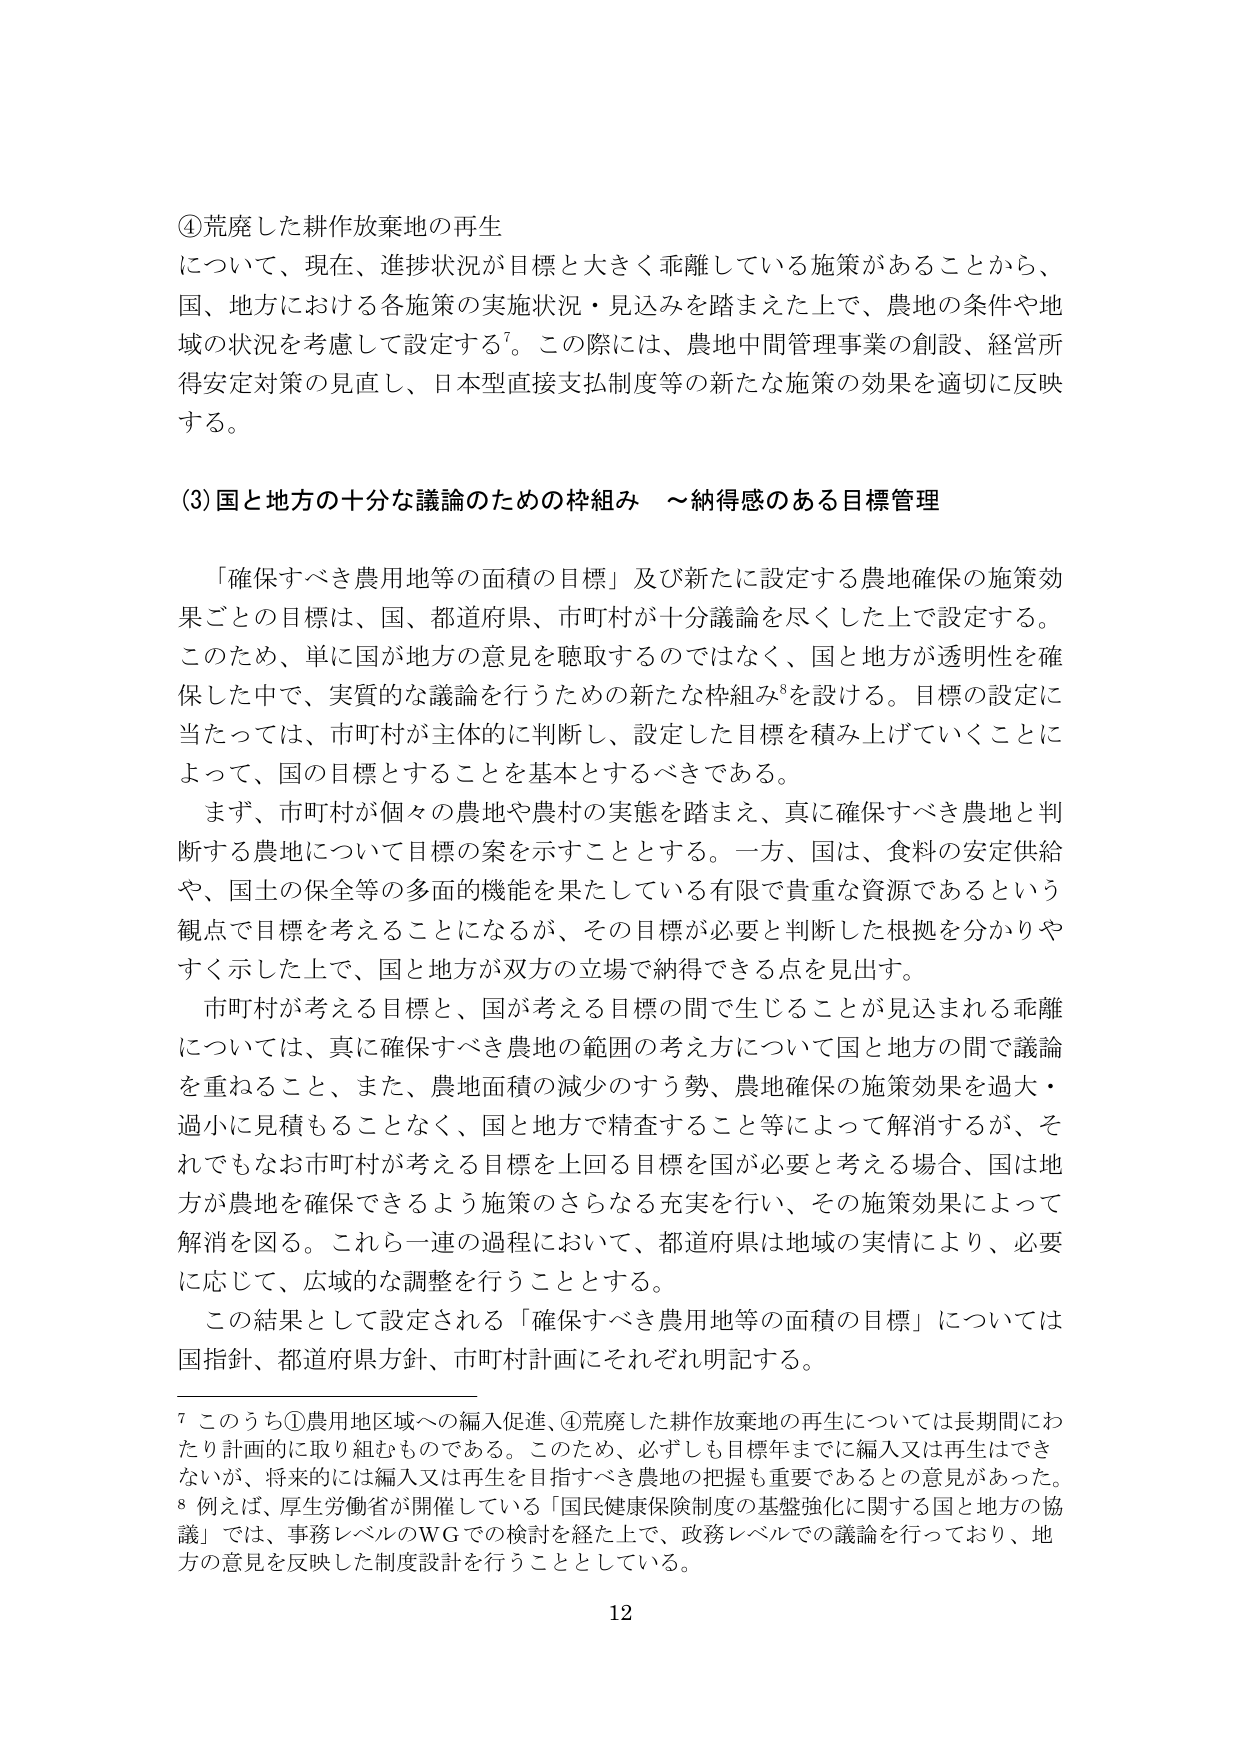
④荒廃した耕作放棄地の再生
について、現在、進捗状況が目標と大きく乖離している施策があることから、
国、地方における各施策の実施状況・見込みを踏まえた上で、農地の条件や地
域の状況を考慮して設定する⁷。この際には、農地中間管理事業の創設、経営所
得安定対策の見直し、日本型直接支払制度等の新たな施策の効果を適切に反映
する。

(3)国と地方の十分な議論のための枠組み　～納得感のある目標管理

「確保すべき農用地等の面積の目標」及び新たに設定する農地確保の施策効
果ごとの目標は、国、都道府県、市町村が十分議論を尽くした上で設定する。
このため、単に国が地方の意見を聴取するのではなく、国と地方が透明性を確
保した中で、実質的な議論を行うための新たな枠組み⁸を設ける。目標の設定に
当たっては、市町村が主体的に判断し、設定した目標を積み上げていくことに
よって、国の目標とすることを基本とするべきである。
まず、市町村が個々の農地や農村の実態を踏まえ、真に確保すべき農地と判
断する農地について目標の案を示すこととする。一方、国は、食料の安定供給
や、国土の保全等の多面的機能を果たしている有限で貴重な資源であるという
観点で目標を考えることになるが、その目標が必要と判断した根拠を分かりや
すく示した上で、国と地方が双方の立場で納得できる点を見出す。
市町村が考える目標と、国が考える目標の間で生じることが見込まれる乖離
については、真に確保すべき農地の範囲の考え方について国と地方の間で議論
を重ねること、また、農地面積の減少のすう勢、農地確保の施策効果を過大・
過小に見積もることなく、国と地方で精査すること等によって解消するが、そ
れでもなお市町村が考える目標を上回る目標を国が必要と考える場合、国は地
方が農地を確保できるよう施策のさらなる充実を行い、その施策効果によって
解消を図る。これら一連の過程において、都道府県は地域の実情により、必要
に応じて、広域的な調整を行うこととする。
この結果として設定される「確保すべき農用地等の面積の目標」については
国指針、都道府県方針、市町村計画にそれぞれ明記する。

⁷ このうち①農用地区域への編入促進、④荒廃した耕作放棄地の再生については長期間にわ
たり計画的に取り組むものである。このため、必ずしも目標年までに編入又は再生はでき
ないが、将来的には編入又は再生を目指すべき農地の把握も重要であるとの意見があった。
⁸ 例えば、厚生労働省が開催している「国民健康保険制度の基盤強化に関する国と地方の協
議」では、事務レベルのWGでの検討を経た上で、政務レベルでの議論を行っており、地
方の意見を反映した制度設計を行うこととしている。

12